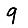
Digit: 9